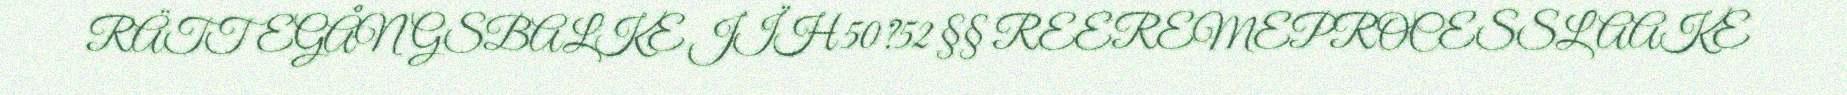
RÄTTEGÅNGSBALKE JÏH 50?52 §§ REEREMEPROCESSLAAKE